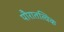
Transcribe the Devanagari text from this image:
पौरातत्विक